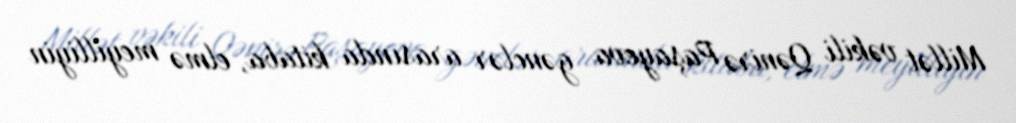
Millət vəkili Qənirə Paşayeva gənclər arasında kitaba, elmə meyilliyin